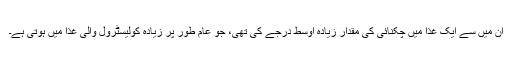
ان میں سے ایک غذا میں چکنائی کی مقدار زیادہ اوسط درجے کی تھی، جو عام طور پر زیادہ کولیسٹرول والی غذا میں ہوتی ہے۔